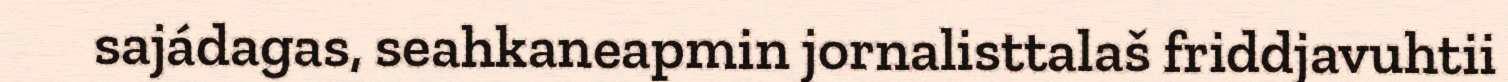
sajádagas, seahkaneapmin jornalisttalaš friddjavuhtii